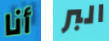
أنا البر